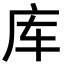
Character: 库